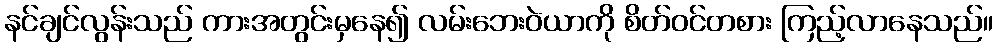
နင်ချင်လွန်းသည် ကားအတွင်းမှနေ၍ လမ်းဘေးဝဲယာကို စိတ်ဝင်တစား ကြည့်လာနေသည်။